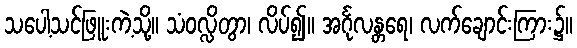
သပေါ့သင်ဖြူးကဲ့သို့။ သံဝလ္လိတွာ၊ လိပ်၍။ အင်္ဂုလန္တရေ၊ လက်ချောင်းကြား၌။